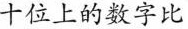
十位上的数字比